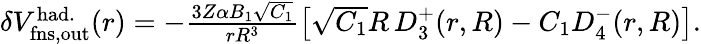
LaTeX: \begin{array}{r}{\delta V_{\mathrm{fns,out}}^{\mathrm{had.}}(r)=-\frac{3Z\alpha B_{1}\sqrt{C_{1}}}{rR^{3}}\left[\sqrt{C_{1}}R\, D_{3}^{+}(r,R)-C_{1}D_{4}^{-}(r,R)\right].}\end{array}